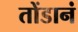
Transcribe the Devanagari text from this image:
तोंडानं